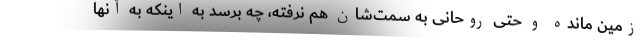
زمین مانده و حتی روحانی به سمت‌شان هم نرفته، چه برسد به اینکه به آنها